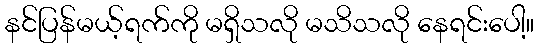
နင်ပြန်မယ့်ရက်ကို မရှိသလို မသိသလို နေရင်းပေါ့။